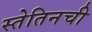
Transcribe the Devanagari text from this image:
स्तेतिनची